Leaving Certificate Examination, 1912
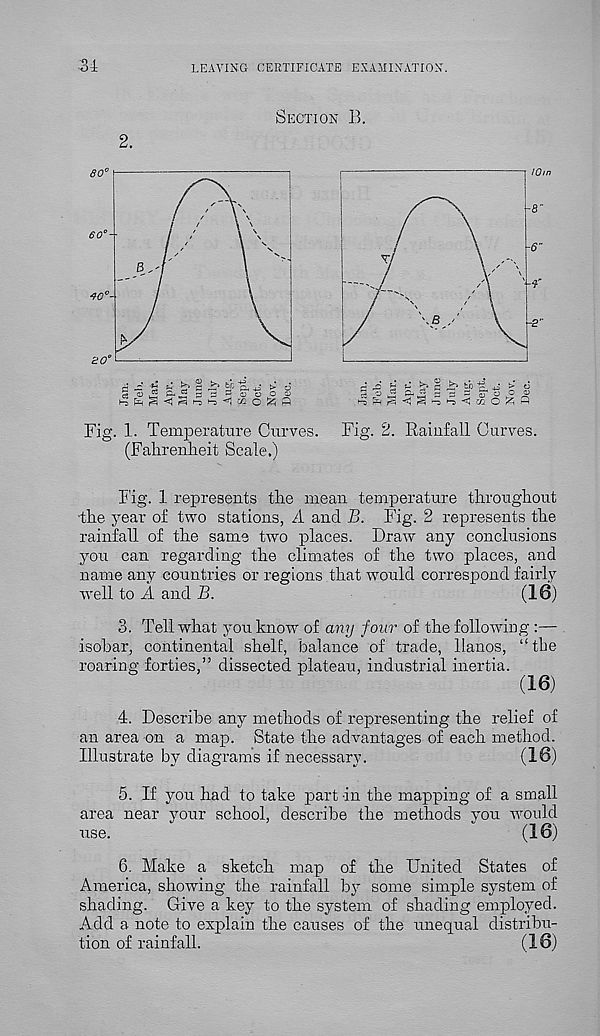
LEAVING CERTIFICATE EXAMINATION.
■ 34
2.
Section B.
Fig. 1. Temperature Curves.
(Fahrenheit Scale.)
Fig. 2. Rainfall Curves.
Fig. 1 represents the mean temperature throughout
■ the year of two stations, A and B. Fig. 2 represents the
rainfall of the same two places. Draw any conclusions
you can regarding the climates of the two places, and
name any countries or regions that would correspond fairly
well to A and B.
(16)
3. Tell what you know of any four of the following :—
isobar, continental shelf, balance of trade, llanos, “the
roaring forties,” dissected plateau, industrial inertia.
(16)
4. Describe any methods of representing the relief of
an area on a map. State the advantages of each method.
Illustrate by diagrams if necessary.
(16)
5. If you had to take part -in the mapping of a small
area near your school, describe the methods you would
use.
(16)
6. Make a sketch map of the United States of
America, showing the rainfall by some simple system of
shading. Give a key to the system of shading employed.
Add a note to explain the causes of the unequal distribu-
tion of rainfall.
(16)